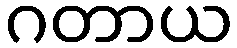
ဂတာယ